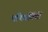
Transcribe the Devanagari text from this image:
परिवर्तियों